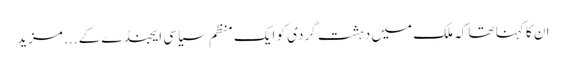
ان کا کہنا تھا کہ ملک میں دہشت گردی کو ایک منظم سیاسی ایجنڈے کے ... مزید